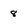
Character: 8